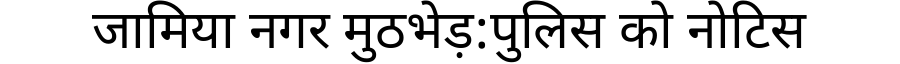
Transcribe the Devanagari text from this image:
जामिया नगर मुठभेड़:पुलिस को नोटिस